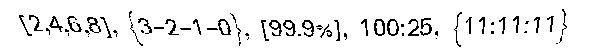
[2,4,6,8], {3-2-1-0}, [99.9%], 100:25, {11:11:11}